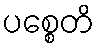
ပစ္စေတိ